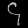
Digit: ၄